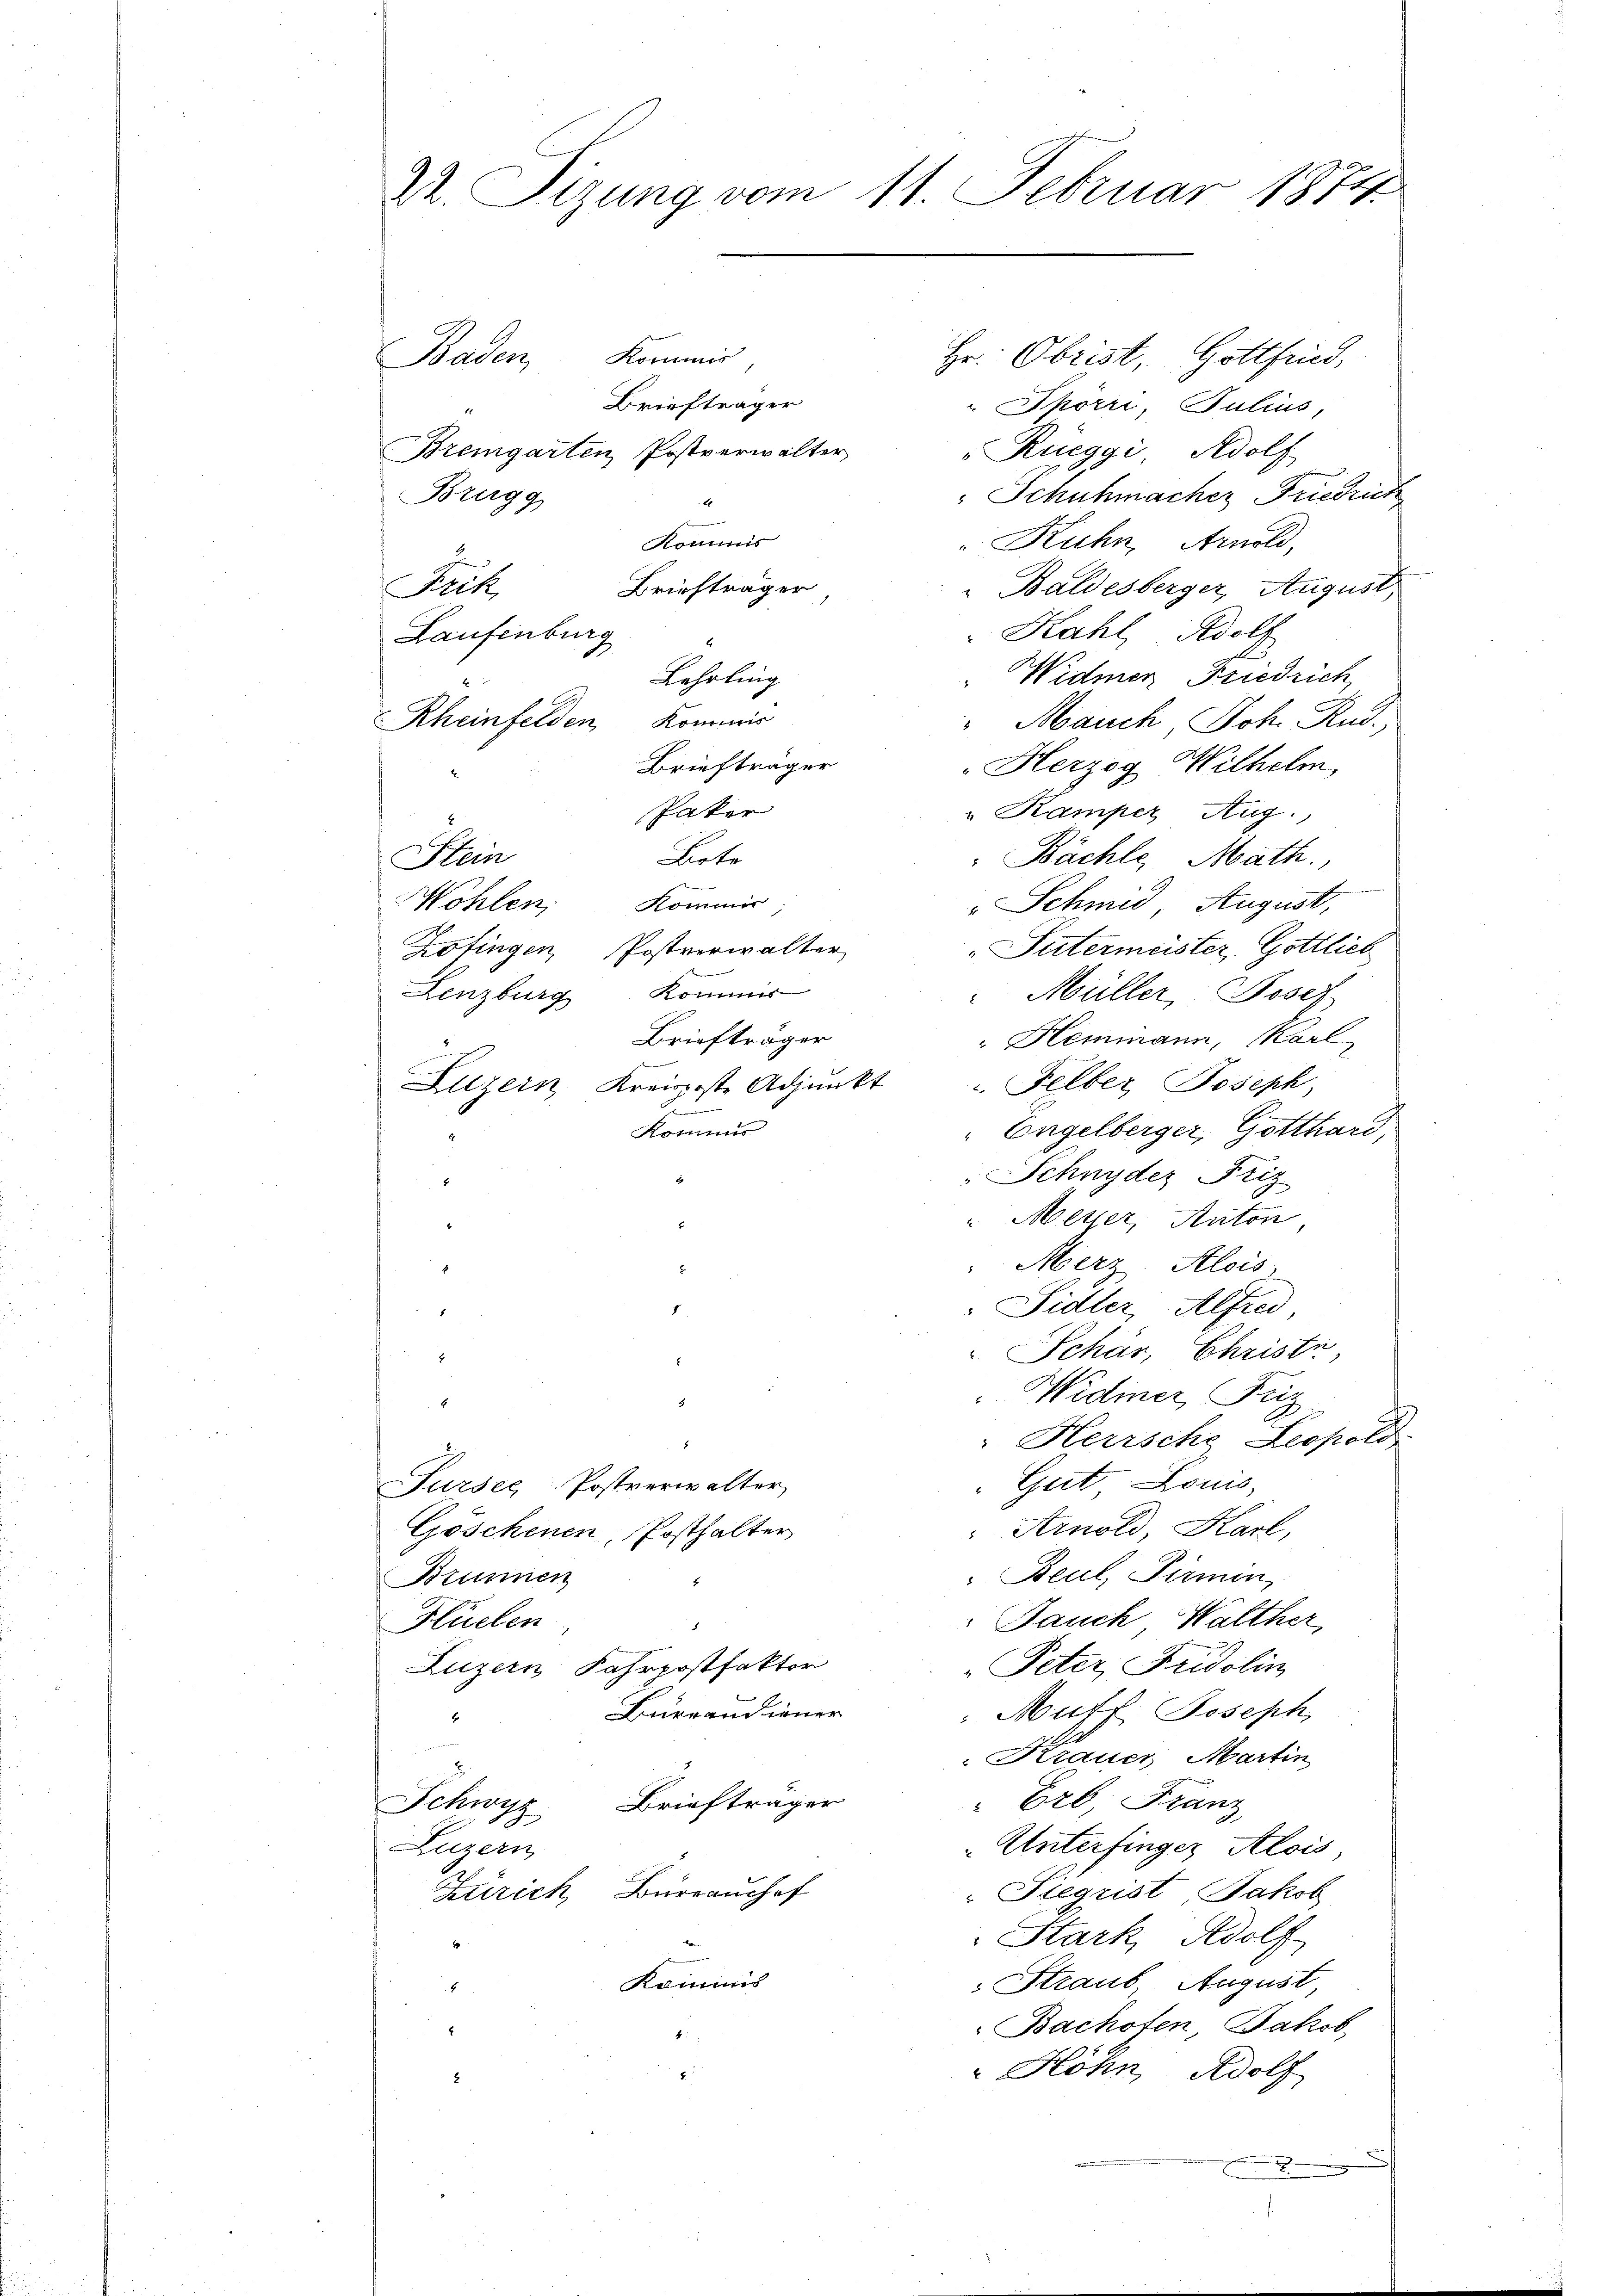
22. Sizung vom 11. Februar 1874.
Kommis
Hr. Obrist, Gottfried,
Baden,

Briefträger
 Spörri, Julius,
Bremgarten Postverwalter
"Rueggi, Adolf
 Schuhmacher Friedrich
Brugg
E
Kommis
„Ruhn, Arnold,
e
Briefträger
 Baldesberger, August,
Frik,
Kahl Adolf
Laufenburg
Widmer Friedrich
Lehrling
Rheinfelden Kommis
"Mauch Joh. Rud.
Briefträger
Herzog Wilhelm,
Paker
" Kamper Aug.,
Bote
Bächle, Math.,
Stein
Kommer
Wohlen,
Schmid August,
Zötingen, Postverwalter
Patermeister, Gottlich
Lenzburg Kommis
Müller, Josef
Briefträger
Hlemmann, Karl
2
Luzern, Kreisste Adjunkt u. Felber Joseph,
E
Kommis
Engelberger, Gotthard,
Schnyder Friz
t
 Meyer, Anton
.
Merr Alois,
E
Sidler, Alfred
8
Schär, Christe
Widmer, Friz
.
"Herrsche Leopold,
Gut Louis,
Furses Postverwalter
Arnold, Karl,
Göschenen, Posthalter
Beul, Pirmin,
Brunnen
Jauch Walther,
Flüelen
Luzern Fahrpostfaktor
Peter, Fridolin
Barrandiener
Muff Joseph
Krauer Martin
Briefträger
"Erb. Franz
Schwyz
Luzern
Unterfinger Alois,
Zürich, Burrauchef
Siegrist, Jakob
Stark Wolf
Kommis
Straus August
Bachofen, Jakob
Höhn, Adolf
.

¬